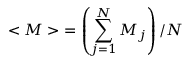
{ < M > } = \left( \sum _ { j = 1 } ^ { N } M _ { j } \right) / N